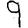
Digit: 9